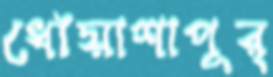
ধোঁয়াশাপূর্